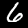
Label: 6